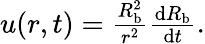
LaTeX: \begin{array}{r}{u(r,t)=\frac{R_{\mathrm{b}}^{2}}{r^{2}}\frac{\mathrm dR_{\mathrm{b}}}{\mathrm dt}.}\end{array}